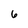
Character: 6